Leaving Certificate Examination, 1912
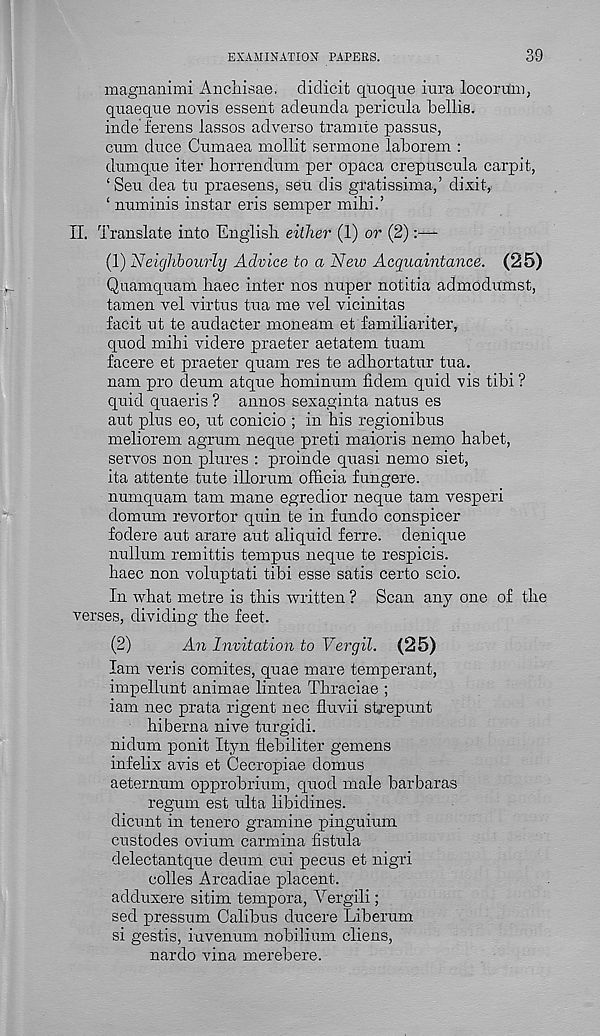
EXAMINATION PAPERS.
39
magnanimi Ancliisae, didicit quoque iura loco ram,
quaeqtie novis essent adeunda pericula Toellis.
inde ferens lassos adverse tramite passns,
cum duce Cumaea mollit sermone laborem :
dumqxie iter liorrenclum per opaca crepuscula carpit,
‘Seu dea tu praesens, seu dis gratissima,’ dixit,
‘ numinis instar eris semper mibi.’
II. Translate into English, either (1) or (2):—
(1) Neighbourly Advice to a New Acquaintance. (25)
Quamquam haec inter nos nuper notitia admodumst,
tamen vel virtus tua me vel vicinitas
facit ut te audacter moneam et familiariter,
quod mihi videre praeter aetatem tuam
facere et praeter quam res te adhortatur tua.
nam pro deum atque hominum fidem quid vis tibi ?
quid quaeris ? annos sexaginta natus es
aut plus eo, ut conicio ; in his regionibus
meliorem agrum neque preti maioris nemo habet,
servos non plures : proinde quasi nemo siet,
ita attente tute illorum officia fungere.
numquam tarn mane egredior neque tarn vesperi
domum revortor quin te in fundo conspicer
fodere aut arare aut aliquid ferre. denique
nullum remittis tempus neque te respicis.
haec non voluptati tibi esse satis certo scio.
In what metre is this written ? Scan any one of the
verses, dividing the feet.
(2)
An Invitation to Vergil. (25)
lam veris comites, quae mare temperant,
impellunt animae lintea Thraciae ;
iam nec prata rigent nec fluvii strepunt
hiberna nive turgidi.
nidum ponit Ityn flebiliter gemens
infelix avis et Cecropiae domus
aeternum opprobrium, quod male barbaras
regum est ulta libidines.
dicunt in tenero gramine pinguium
custodes ovium carmina fistula
delectantque deum cui pecus et nigri
colies Arcadiae placent.
adduxere sitim tempora, Vergili;
seel pressum Calibus ducere Liberum
si gestis, iuvenum nobilium cliens,
nardo vina merebere.